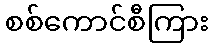
စစ်ကောင်စီကြား